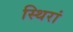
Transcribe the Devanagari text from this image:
स्थिरां